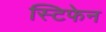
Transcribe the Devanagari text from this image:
स्टिफेन